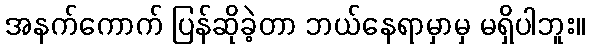
အနက်ကောက် ပြန်ဆိုခဲ့တာ ဘယ်နေရာမှာမှ မရှိပါဘူး။